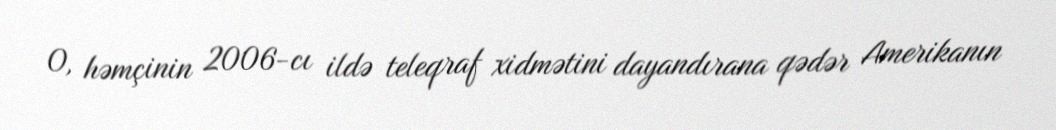
O, həmçinin 2006-cı ildə teleqraf xidmətini dayandırana qədər Amerikanın